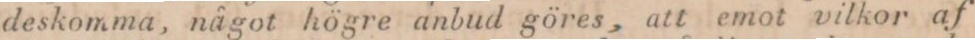
deskomma, något högre anbud göres, att emot vilkor af